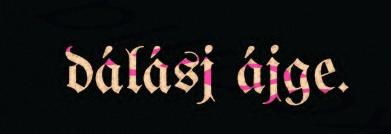
dálásj ájge.